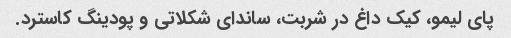
پای لیمو، کیک داغ در شربت، ساندای شکلاتی و پودینگ کاسترد.